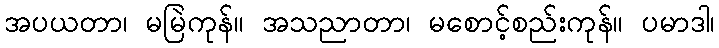
အပယတာ၊ မမြဲကုန်။ အသညာတာ၊ မစောင့်စည်းကုန်။ ပမာဒါ၊